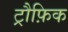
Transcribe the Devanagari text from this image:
ट्रौफ़िक